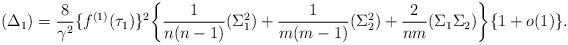
LaTeX: \begin{align*} (\Delta_{1})&=\frac{8}{\gamma^2}\{f^{(1)}(\tau_1)\}^{2}\bigg\{\frac{1}{n(n-1)}(\Sigma_{1}^{2})+\frac{1}{m(m-1)}(\Sigma_{2}^{2})+\frac{2}{nm}(\Sigma_{1}\Sigma_{2})\bigg\}\{1+o(1)\}.\end{align*}